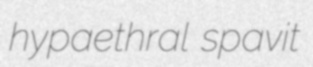
hypaethral spavit